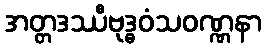
အတ္တဒဿီဗုဒ္ဓဝံသဝဏ္ဏနာ